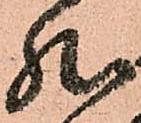
然